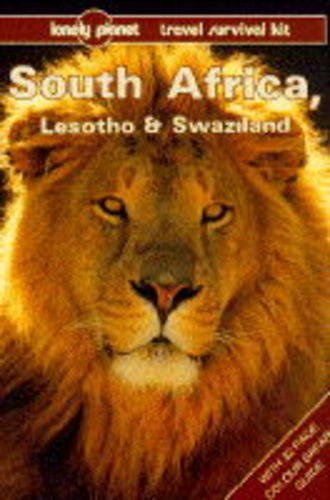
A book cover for Lonely Planet South Africa, Lesotho and Swaziland; Richard Everist; Travel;